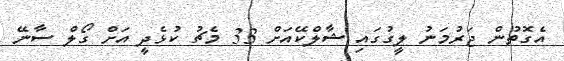
އެގޮތުން ޖަރުމަނު ލީގުގައި ޝާލްކޭއަށް 33 މެޗު ކުޅެދީ އަށް ގޯލް ސާނޭ